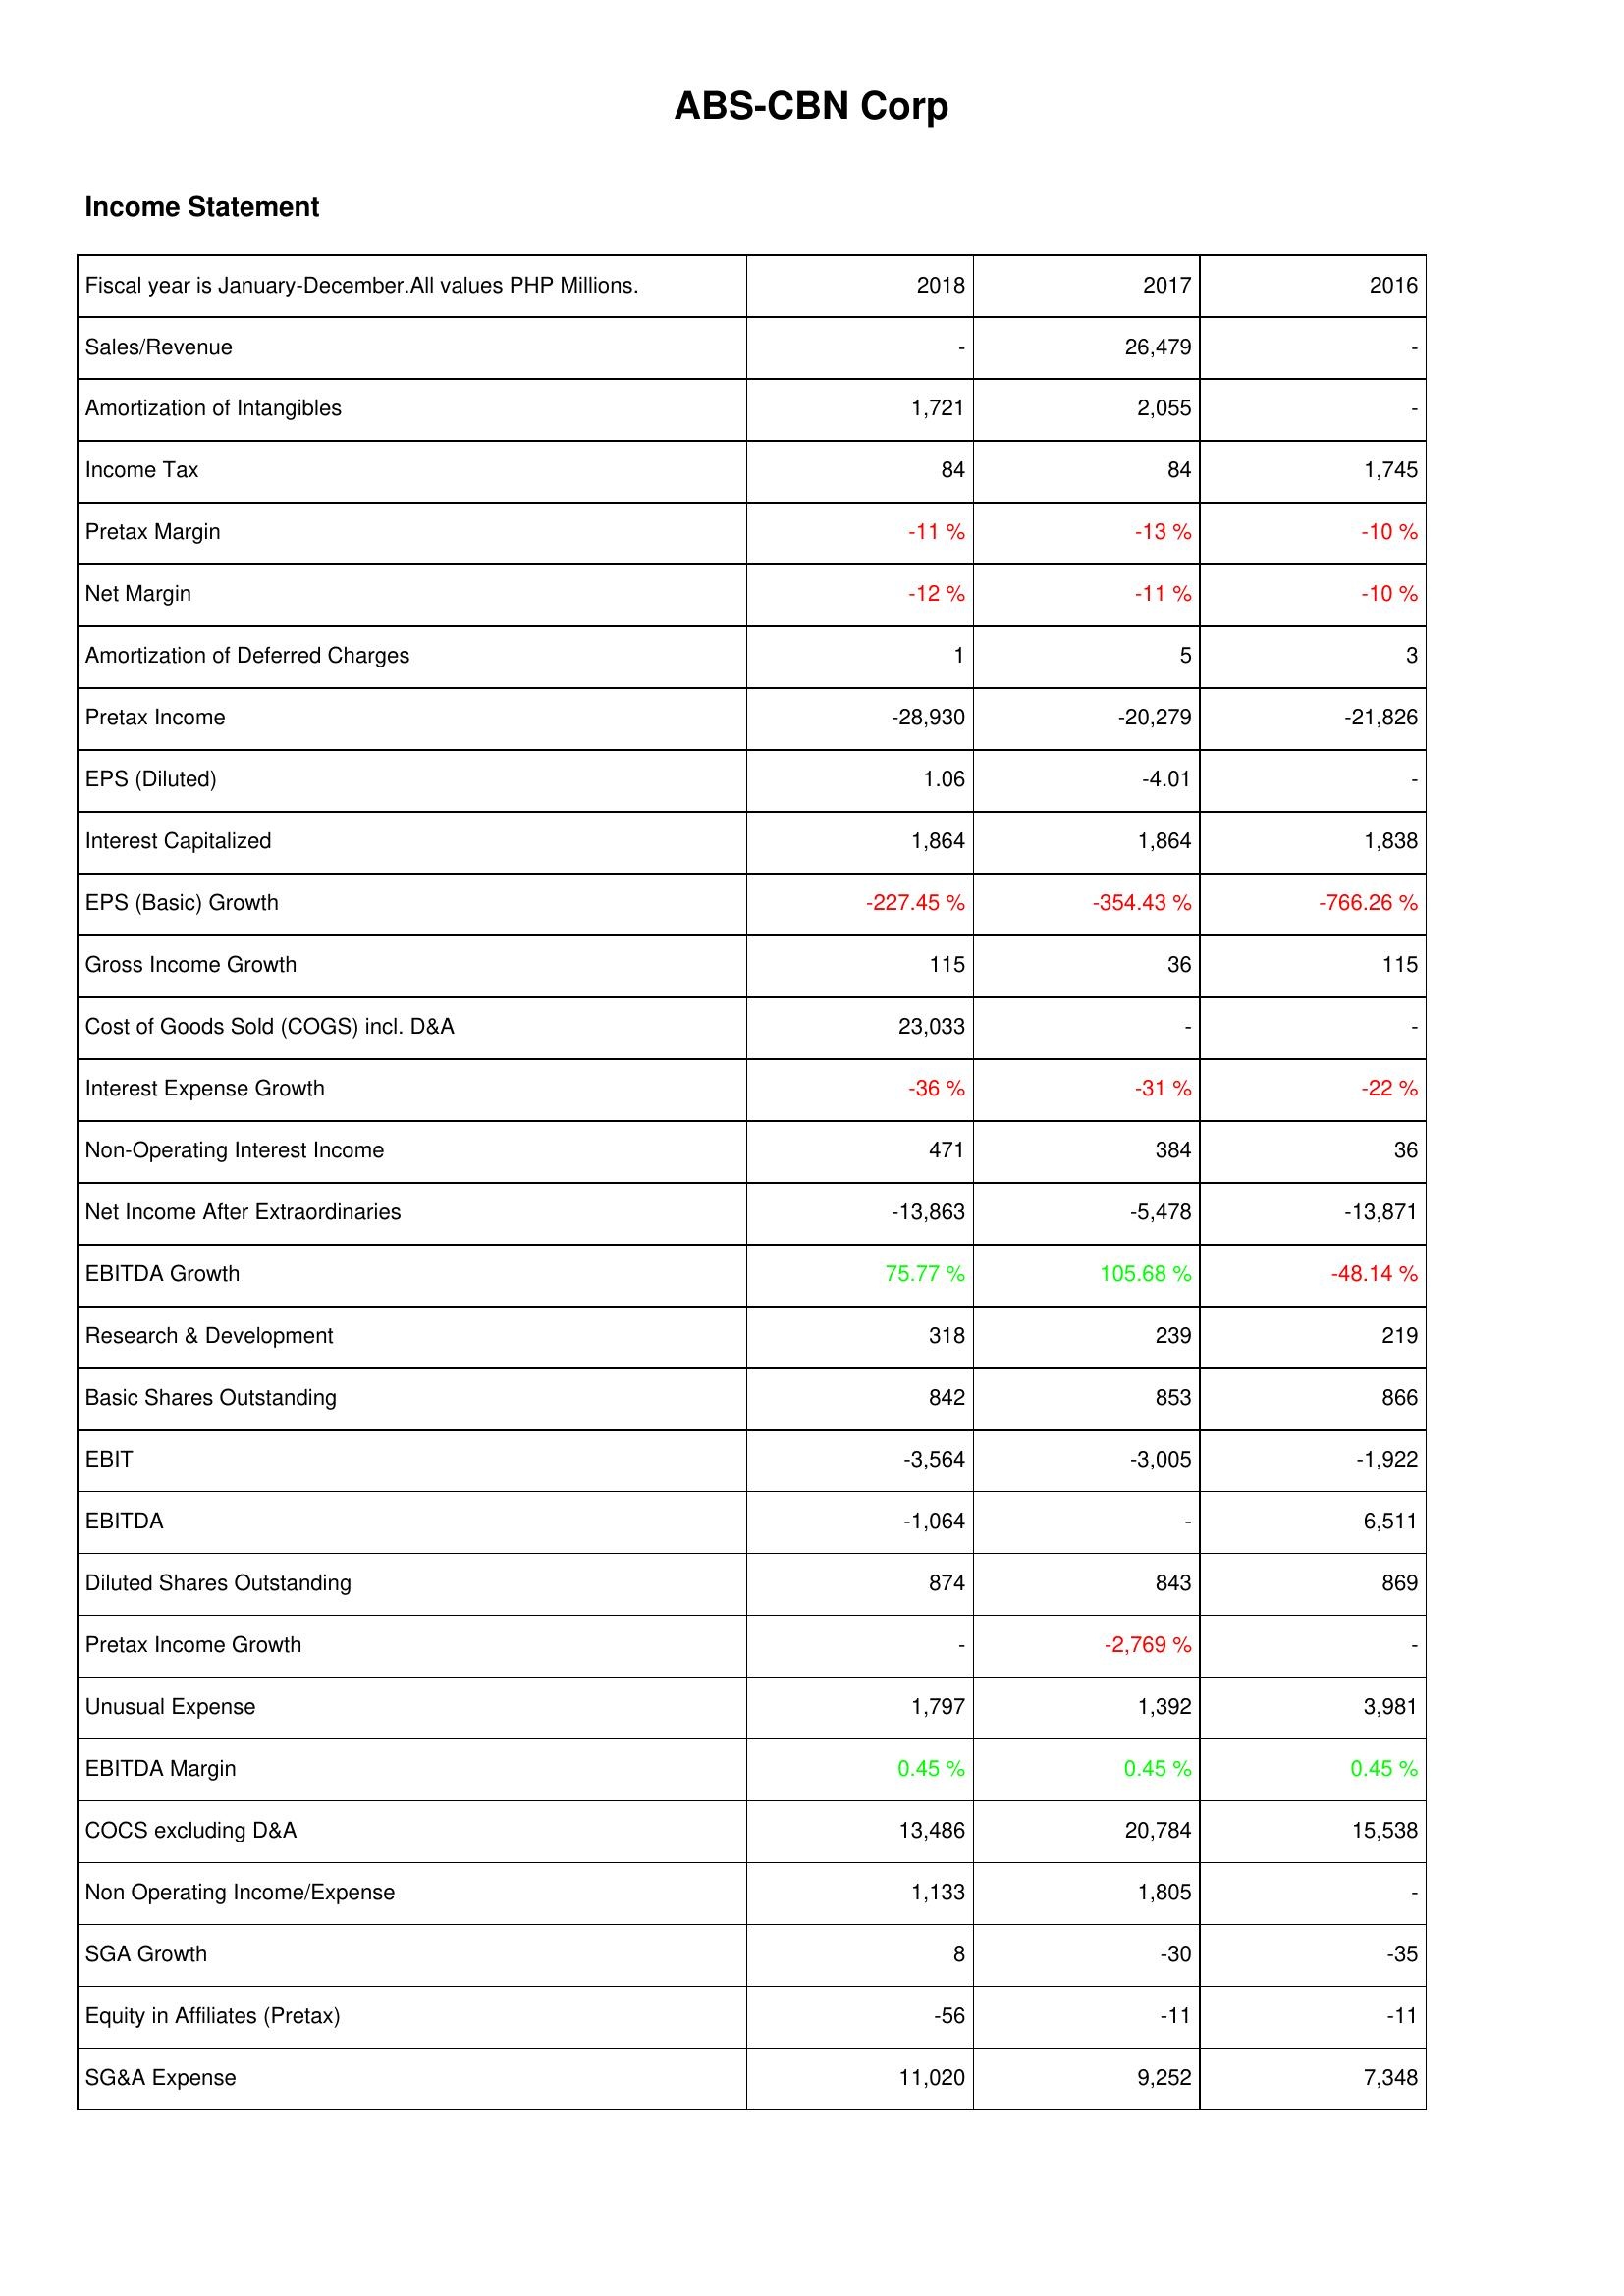
2018: Income Statement: Sales/Revenue: -
Amortization of Intangibles: 1,721
Income Tax: 84
Pretax Margin: -11 %
Net Margin: -12 %
Amortization of Deferred Charges: 1
Pretax Income: -28,930
EPS (Diluted): 1.06
Interest Capitalized: 1,864
EPS (Basic) Growth: -227.45 %
Gross Income Growth: 115
Cost of Goods Sold (COGS) incl. D&A: 23,033
Interest Expense Growth: -36 %
Non-Operating Interest Income: 471
Net Income After Extraordinaries: -13,863
EBITDA Growth: 75.77 %
Research & Development: 318
Basic Shares Outstanding: 842
EBIT: -3,564
EBITDA: -1,064
Diluted Shares Outstanding: 874
Pretax Income Growth: -
Unusual Expense: 1,797
EBITDA Margin: 0.45 %
COCS excluding D&A: 13,486
Non Operating Income/Expense: 1,133
SGA Growth: 8
Equity in Affiliates (Pretax): -56
SG&A Expense: 11,020
2017: Income Statement: Sales/Revenue: 26,479
Amortization of Intangibles: 2,055
Income Tax: 84
Pretax Margin: -13 %
Net Margin: -11 %
Amortization of Deferred Charges: 5
Pretax Income: -20,279
EPS (Diluted): -4.01
Interest Capitalized: 1,864
EPS (Basic) Growth: -354.43 %
Gross Income Growth: 36
Cost of Goods Sold (COGS) incl. D&A: -
Interest Expense Growth: -31 %
Non-Operating Interest Income: 384
Net Income After Extraordinaries: -5,478
EBITDA Growth: 105.68 %
Research & Development: 239
Basic Shares Outstanding: 853
EBIT: -3,005
EBITDA: -
Diluted Shares Outstanding: 843
Pretax Income Growth: -2,769 %
Unusual Expense: 1,392
EBITDA Margin: 0.45 %
COCS excluding D&A: 20,784
Non Operating Income/Expense: 1,805
SGA Growth: -30
Equity in Affiliates (Pretax): -11
SG&A Expense: 9,252
2016: Income Statement: Sales/Revenue: -
Amortization of Intangibles: -
Income Tax: 1,745
Pretax Margin: -10 %
Net Margin: -10 %
Amortization of Deferred Charges: 3
Pretax Income: -21,826
EPS (Diluted): -
Interest Capitalized: 1,838
EPS (Basic) Growth: -766.26 %
Gross Income Growth: 115
Cost of Goods Sold (COGS) incl. D&A: -
Interest Expense Growth: -22 %
Non-Operating Interest Income: 36
Net Income After Extraordinaries: -13,871
EBITDA Growth: -48.14 %
Research & Development: 219
Basic Shares Outstanding: 866
EBIT: -1,922
EBITDA: 6,511
Diluted Shares Outstanding: 869
Pretax Income Growth: -
Unusual Expense: 3,981
EBITDA Margin: 0.45 %
COCS excluding D&A: 15,538
Non Operating Income/Expense: -
SGA Growth: -35
Equity in Affiliates (Pretax): -11
SG&A Expense: 7,348